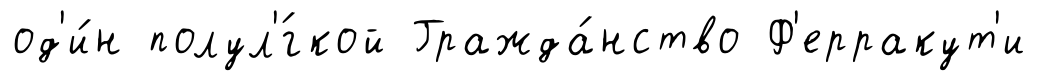
од'и́н полул'́гкой Гражда́нство Ф'ерракут'и